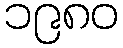
၁၉၈၀